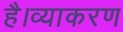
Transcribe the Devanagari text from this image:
है।व्याकरण